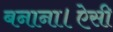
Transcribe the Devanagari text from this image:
बनाना।ऐसी